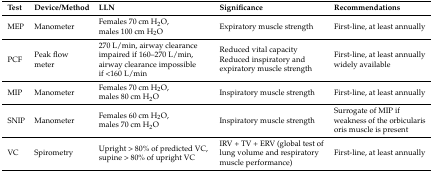
<table><thead><tr><td><b>Test</b></td><td><b>Device/Method</b></td><td><b>LLN</b></td><td><b>Significance</b></td><td><b>Recommendations</b></td></tr></thead><tbody><tr><td>MEP</td><td>Manometer</td><td>Females 70 cm H<sub>2</sub>O, males 100 cm H<sub>2</sub>O</td><td>Expiratory muscle strength </td><td>First-line, at least annually </td></tr><tr><td>PCF</td><td>Peak flow meter</td><td>270 L/min, airway clearance impaired if 160–270 L/min, airway clearance impossible if &lt;160 L/min</td><td>Reduced vital capacity Reduced inspiratory and expiratory muscle strength </td><td>First-line, at least annually widely available </td></tr><tr><td>MIP</td><td>Manometer</td><td>Females 70 cm H<sub>2</sub>O, males 80 cm H<sub>2</sub>O</td><td>Inspiratory muscle strength</td><td>First-line, at least annually</td></tr><tr><td>SNIP</td><td>Manometer</td><td>Females 60 cm H<sub>2</sub>O, males 70 cm H<sub>2</sub>O</td><td>Inspiratory muscle strength</td><td>Surrogate of MIP if weakness of the orbicularis oris muscle is present</td></tr><tr><td>VC</td><td>Spirometry</td><td>Upright &gt; 80% of predicted VC, supine &gt; 80% of upright VC</td><td>IRV + TV + ERV (global test of lung volume and respiratory muscle performance)</td><td>First-line, at least annually</td></tr></tbody></table>